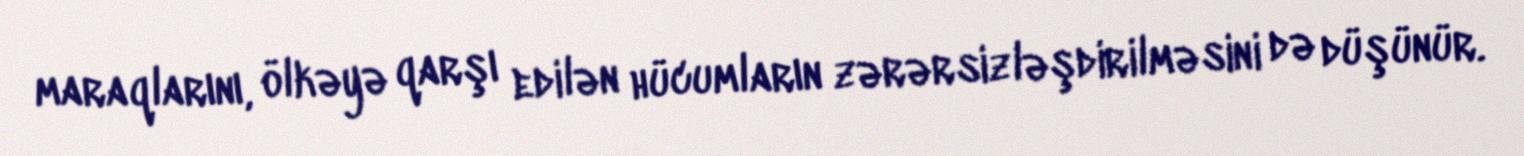
maraqlarını, ölkəyə qarşı edilən hücumların zərərsizləşdirilməsini də düşünür.